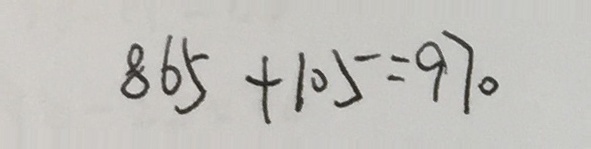
8 6 5 + 1 0 5 = 9 7 0